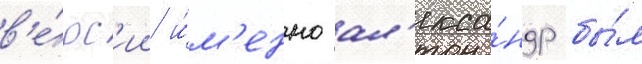
в'е́рс'ии и́м'енно ал'екса́ндр бы́л